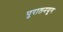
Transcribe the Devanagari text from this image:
पुरातनयुग